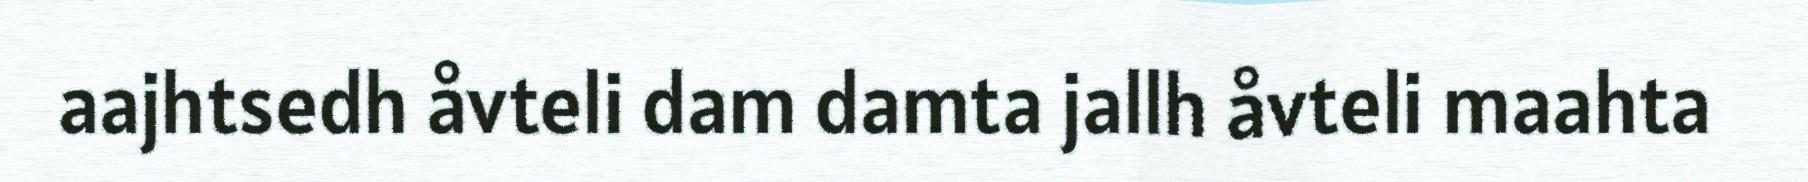
aajhtsedh åvteli dam damta jallh åvteli maahta